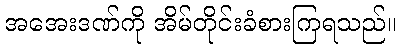
အအေးဒဏ်ကို အိမ်တိုင်းခံစားကြရသည်။